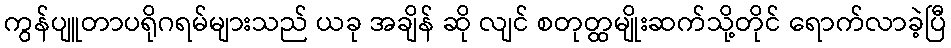
ကွန်ပျူတာပရိုဂရမ်များသည် ယခု အချိန် ဆို လျင် စတုတ္ထမျိုးဆက်သို့တိုင် ရောက်လာခဲ့ပြီ